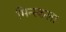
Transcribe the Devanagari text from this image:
मिन्स्कला